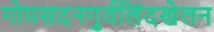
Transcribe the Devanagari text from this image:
गोपसदनगुर्वलिंदखेलन